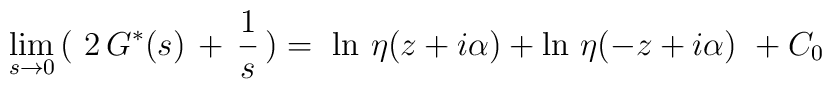
\lim_{s \rightarrow 0} \,(\,\,2\, G^*(s)\, +\,\frac{1}{s}\,) =                            \,\, \ln\,\eta (z+ i\alpha) +                           \ln \, \eta(-z+i\alpha) \,\, + C_0 \\[5pt]